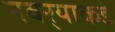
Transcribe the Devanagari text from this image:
नवर्‍याकडे